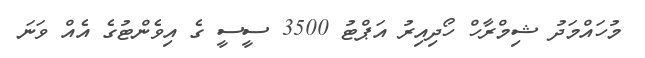
މުހައްމަދު ޝިމްރާހް ހޯދިއިރު އަޕްޓު 3500 ސީސީ ގެ އިވެންޓުގެ އެއް ވަނަ